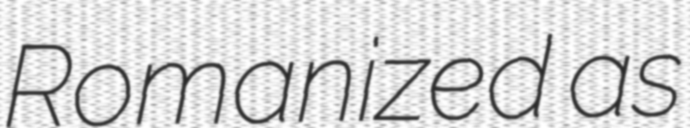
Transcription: Romanized as